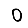
Digit: 0